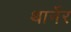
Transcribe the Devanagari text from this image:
थार्नेर